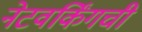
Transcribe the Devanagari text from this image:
नेटवर्किंगची